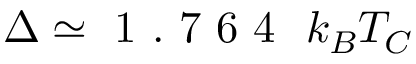
\Delta \simeq \mathrm { ~ 1 ~ . ~ 7 ~ 6 ~ 4 ~ } ~ k _ { B } T _ { C }